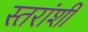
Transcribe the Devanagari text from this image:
स्तरांशी